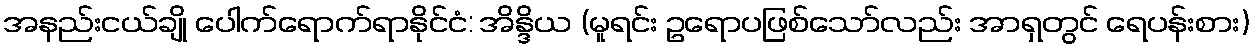
အနည်းငယ်ချို ပေါက်ရောက်ရာနိုင်ငံ: အိန္ဒိယ (မူရင်း ဥရောပဖြစ်သော်လည်း အာရှတွင် ရေပန်းစား)